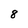
Character: 8